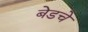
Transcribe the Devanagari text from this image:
बेडचे